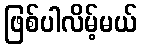
ဖြစ်ပါလိမ့်မယ်